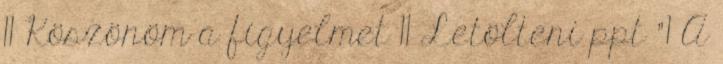
11 Köszönöm a figyelmet 11 Letölteni ppt "1 A